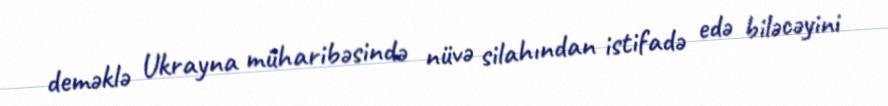
deməklə Ukrayna müharibəsində nüvə silahından istifadə edə biləcəyini